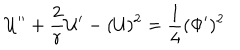
{ \cal U } ^ { \prime \prime } + \frac { 2 } { r } { \cal U } ^ { \prime } - ( { \cal U } ) ^ { 2 } = { \frac { 1 } { 4 } } ( \Phi ^ { \prime } ) ^ { 2 }